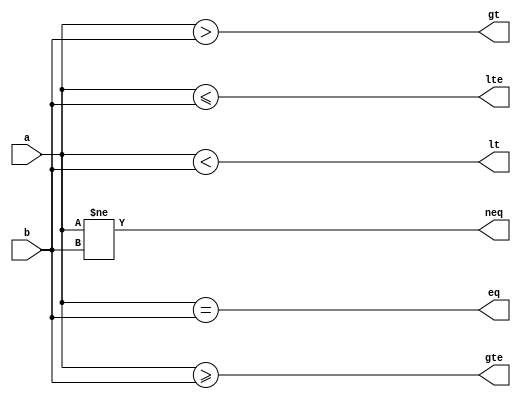
module comparator (
    input [31:0] a, b,
    output eq, neq, lt, lte, gt, gte
);

assign eq = (a == b);
assign neq = (a != b);
assign lt = (a < b);
assign lte = (a <= b);
assign gt = (a > b);
assign gte = (a >= b);

endmodule